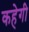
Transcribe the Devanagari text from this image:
कहेगी